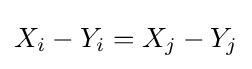
X_{i}-Y_{i}=X_{j}-Y_{j}